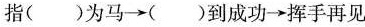
指()为马→()到成功→挥手再见